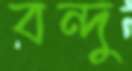
বন্দু